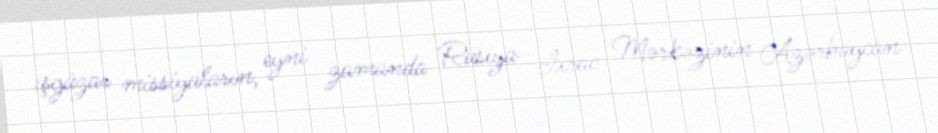
işgüzar missiyaların, eyni zamanda Rusiya İxrac Mərkəzinin Azərbaycan